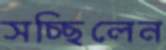
সচ্ছিলেন